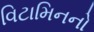
વિટામિનનો